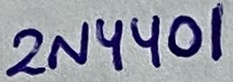
Text: 2N4401